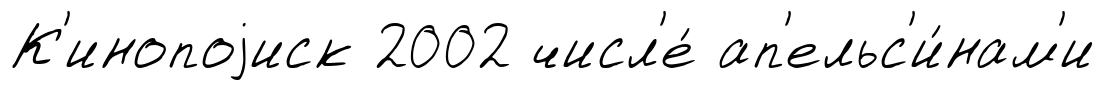
К'инопоjиск 2002 числ'е́ ап'ельс'и́нам'и